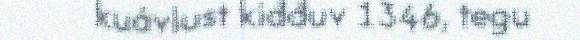
kuávlust kiđđuv 1346, tegu